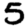
Digit: 5